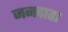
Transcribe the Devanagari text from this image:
जनदाहा